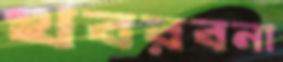
খবরবনা